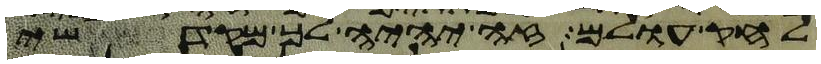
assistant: לחק עולם זה יהיה לך מקדשי